Indian journal of veterinary science and animal husbandry - Volumes 26-27, 1956-1957
Year: 1956
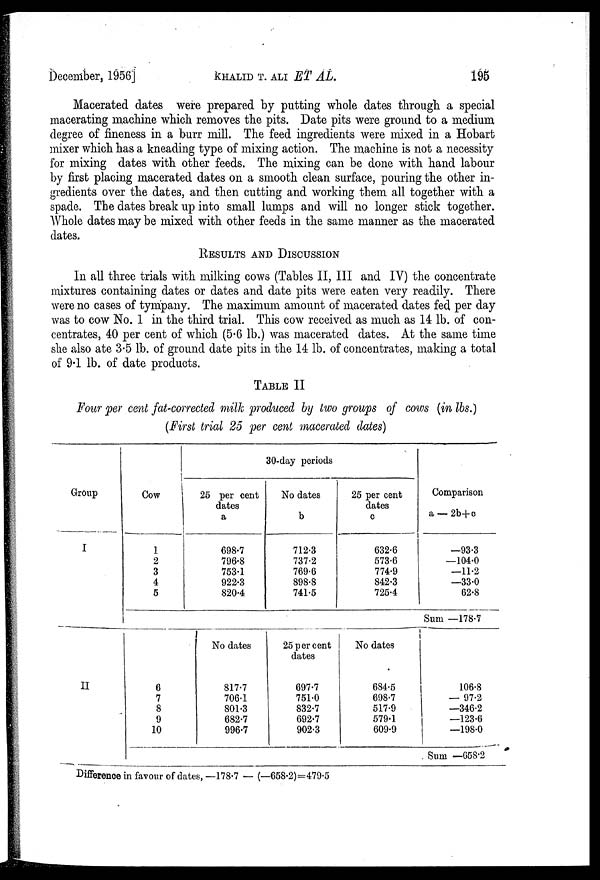
December, 1956] KHALID T. ALI ET AL.
195
Macerated dates were prepared by putting whole dates through a special
macerating machine which removes the pits. Date pits were ground to a medium
degree of fineness in a burr mill. The feed ingredients were mixed in a Hobart
mixer which has a kneading type of mixing action. The machine is not a necessity
for mixing dates with other feeds. The mixing can be done with hand labour
by first placing macerated dates on a smooth clean surface, pouring the other in-
gredients over the dates, and then cutting and working them all together with a
spade. The dates break up into small lumps and will no longer stick together.
Whole dates may be mixed with other feeds in the same manner as the macerated
dates.
RESULTS AND DISCUSSION
In all three trials with milking cows (Tables II, III and IV) the concentrate
mixtures containing dates or dates and date pits were eaten very readily. There
were no cases of tympany. The maximum amount of macerated dates fed per day
was to cow No. 1 in the third trial. This cow received as much as 14 lb. of con-
centrates, 40 per cent of which (5.6 lb.) was macerated dates. At the same time
she also ate 3.5 lb. of ground date pits in the 14 lb. of concentrates, making a total
of 9.1 lb. of date products.
TABLE II
Four per cent fat-corrected milk produced by two groups of cows (in lbs.)
(First trial 25 per cent macerated dates)
Group
I
II
Cow
1
2
3
4
5
6
7
8
9
10
30-day periods
25 per cent
dates
a
698.7
796.8
753.1
922.3
820.4
No dates
817.7
706.1
801.3
682.7
996.7
No dates
b
712.3
737.2
769.6
898.8
741.5
25 per cent
dates
697.7
751.0
832.7
692.7
902.3
25 per cent
dates
c
632.6
573.6
774.9
842.3
725.4
No dates
684.5
698.7
517.9
579.1
609.9
Comparison
a —2b+c
—93.3
—104.0
—11.2
—33.0
62.8
Sum —178.7
106.8
— 97.2
—346.2
—123.6
—198.0
Sum —658.2
Difference in favour of dates,—178.7 — (—658.2)=479.5